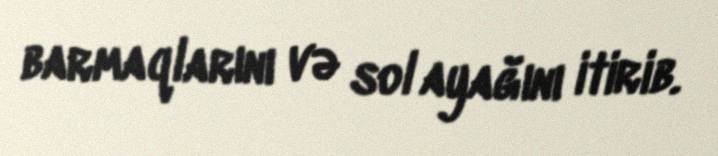
barmaqlarını və sol ayağını itirib.